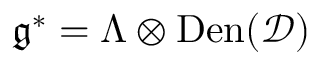
\mathfrak { g } ^ { * } = \Lambda \otimes \mathrm { D e n } ( \mathcal { D } )